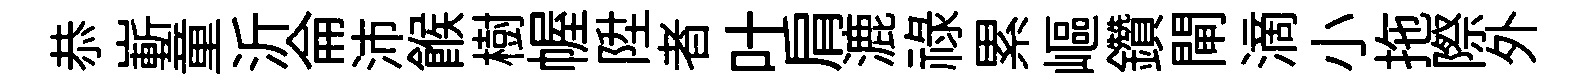
恭嶄童沂侖沛餱樹幄陞者叶肩漉祿累嶇鑽閘滴小拖際外